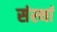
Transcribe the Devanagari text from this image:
संस्थां